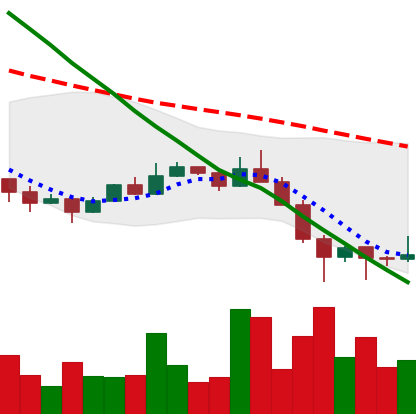
Ticker: ETC-USD
Chart end date: 2022-01-26
Forward return: 5.473%
Label: up_5_7